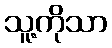
သူ့ကိုသာ